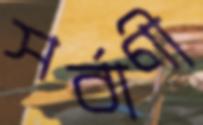
সর্বাণী